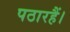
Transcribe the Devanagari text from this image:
पठारहैं।